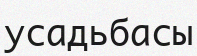
усадьбасы